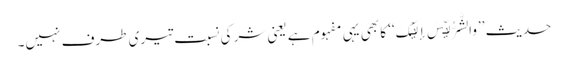
حدیث ’’والشَّرُّ لَیۡسَ إلَیۡکَ‘‘ کا بھی یہی مفہوم ہے یعنی شر کی نسبت تیری طرف نہیں۔